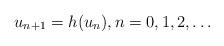
LaTeX: \begin{align*}u_{n+1}=h(u_n), n= 0,1,2,\dots\end{align*}